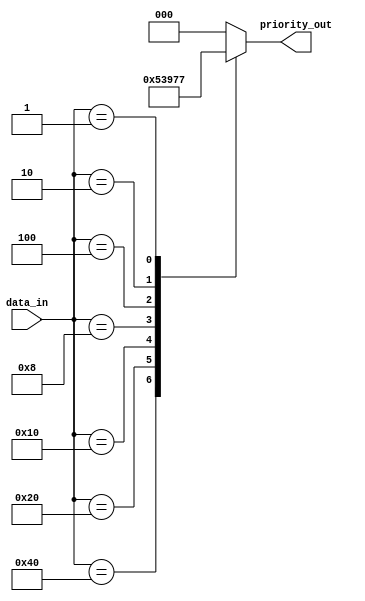
module octal_priority_encoder (
    input [7:0] data_in,
    output reg [2:0] priority_out
);

always @ (*) begin
    case(data_in)
        8'b10000000 : priority_out = 3'b000; // Input 0
        8'b01000000 : priority_out = 3'b001; // Input 1
        8'b00100000 : priority_out = 3'b010; // Input 2
        8'b00010000 : priority_out = 3'b011; // Input 3
        8'b00001000 : priority_out = 3'b100; // Input 4
        8'b00000100 : priority_out = 3'b101; // Input 5
        8'b00000010 : priority_out = 3'b110; // Input 6
        8'b00000001 : priority_out = 3'b111; // Input 7
        default : priority_out = 3'b000; // Default output
    endcase
end

endmodule